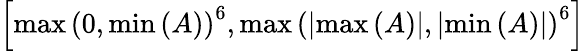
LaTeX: \left[\operatorname*{max}\left(0,\operatorname*{min}\left(A\right)\right)^{6},\operatorname*{max}\left(\left|\operatorname*{max}\left(A\right)\right|,\left|\operatorname*{min}\left(A\right)\right|\right)^{6}\right]